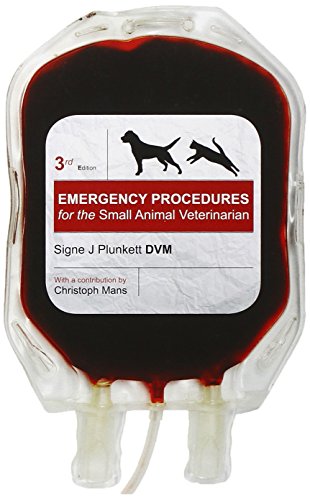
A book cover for Emergency Procedures for the Small Animal Veterinarian-, 3e; Signe J. Plunkett DVM; Medical Books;